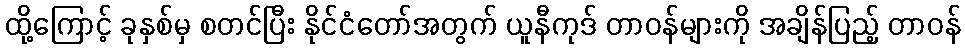
ထို့ကြောင့် ခုနှစ်မှ စတင်ပြီး နိုင်ငံတော်အတွက် ယူနီကုဒ် တာဝန်များကို အချိန်ပြည့် တာဝန်